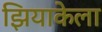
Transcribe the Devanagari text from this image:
झियाकेला